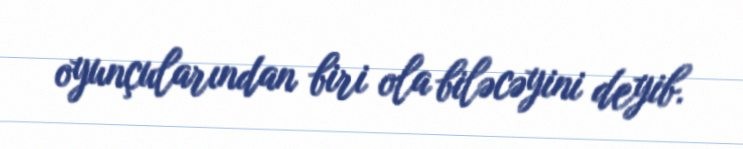
oyunçularından biri ola biləcəyini deyib.